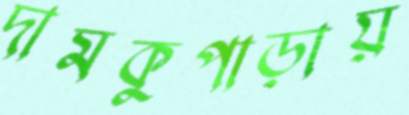
দামকুপাড়ায়